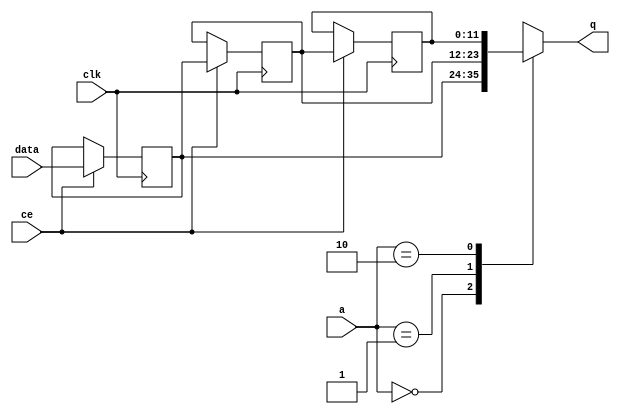
// ==============================================================
// File generated by Vivado(TM) HLS - High-Level Synthesis from C, C++ and SystemC
// Version: 2013.2
// Copyright (C) 2013 Xilinx Inc. All rights reserved.
// 
// ==============================================================


`timescale 1 ns / 1 ps

module FIFO_image_filter_src1_cols_V_channel_shiftReg (
    clk,
    data,
    ce,
    a,
    q);

parameter DATA_WIDTH = 32'd12;
parameter ADDR_WIDTH = 32'd2;
parameter DEPTH = 32'd3;

input clk;
input [DATA_WIDTH-1:0] data;
input ce;
input [ADDR_WIDTH-1:0] a;
output [DATA_WIDTH-1:0] q;

reg[DATA_WIDTH-1:0] SRL_SIG [0:DEPTH-1];
integer i;

always @ (posedge clk)
    begin
        if (ce)
        begin
            for (i=0;i<DEPTH-1;i=i+1)
                SRL_SIG[i+1] <= SRL_SIG[i];
            SRL_SIG[0] <= data;
        end
    end

assign q = SRL_SIG[a];

endmodule

module FIFO_image_filter_src1_cols_V_channel (
    clk,
    reset,
    if_empty_n,
    if_read_ce,
    if_read,
    if_dout,
    if_full_n,
    if_write_ce,
    if_write,
    if_din);

parameter MEM_STYLE = "shiftreg";
parameter DATA_WIDTH = 32'd12;
parameter ADDR_WIDTH = 32'd2;
parameter DEPTH = 32'd3;

input clk;
input reset;
output if_empty_n;
input if_read_ce;
input if_read;
output[DATA_WIDTH - 1:0] if_dout;
output if_full_n;
input if_write_ce;
input if_write;
input[DATA_WIDTH - 1:0] if_din;

wire[ADDR_WIDTH - 1:0] shiftReg_addr ;
wire[DATA_WIDTH - 1:0] shiftReg_data, shiftReg_q;
reg[ADDR_WIDTH:0] mOutPtr = {(ADDR_WIDTH+1){1'b1}};
reg internal_empty_n = 0, internal_full_n = 1;

assign if_empty_n = internal_empty_n;
assign if_full_n = internal_full_n;
assign shiftReg_data = if_din;
assign if_dout = shiftReg_q;

always @ (posedge clk) begin
    if (reset == 1'b1)
    begin
        mOutPtr <= ~{ADDR_WIDTH+1{1'b0}};
        internal_empty_n <= 1'b0;
        internal_full_n <= 1'b1;
    end
    else begin
        if (((if_read & if_read_ce) == 1 & internal_empty_n == 1) && 
            ((if_write & if_write_ce) == 0 | internal_full_n == 0))
        begin
            mOutPtr <= mOutPtr -1;
            if (mOutPtr == 0)
                internal_empty_n <= 1'b0;
            internal_full_n <= 1'b1;
        end 
        else if (((if_read & if_read_ce) == 0 | internal_empty_n == 0) && 
            ((if_write & if_write_ce) == 1 & internal_full_n == 1))
        begin
            mOutPtr <= mOutPtr +1;
            internal_empty_n <= 1'b1;
            if (mOutPtr == DEPTH-2)
                internal_full_n <= 1'b0;
        end 
    end
end

assign shiftReg_addr = mOutPtr[ADDR_WIDTH] == 1'b0 ? mOutPtr[ADDR_WIDTH-1:0]:{ADDR_WIDTH{1'b0}};
assign shiftReg_ce = (if_write & if_write_ce) & internal_full_n;

FIFO_image_filter_src1_cols_V_channel_shiftReg 
#(
    .DATA_WIDTH(DATA_WIDTH),
    .ADDR_WIDTH(ADDR_WIDTH),
    .DEPTH(DEPTH))
U_FIFO_image_filter_src1_cols_V_channel_ram (
    .clk(clk),
    .data(shiftReg_data),
    .ce(shiftReg_ce),
    .a(shiftReg_addr),
    .q(shiftReg_q));

endmodule